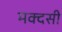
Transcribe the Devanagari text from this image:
मक्दसी